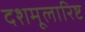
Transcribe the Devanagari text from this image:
दशमूलारिष्ट